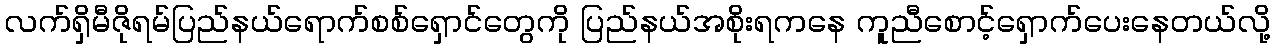
လက်ရှိမီဇိုရမ်ပြည်နယ်ရောက်စစ်ရှောင်တွေကို ပြည်နယ်အစိုးရကနေ ကူညီစောင့်ရှောက်ပေးနေတယ်လို့